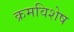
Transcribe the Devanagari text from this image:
क्रमविशेष